Lunatic asylums United Provinces 1909-1921 - 1909-1921
Year: 1909
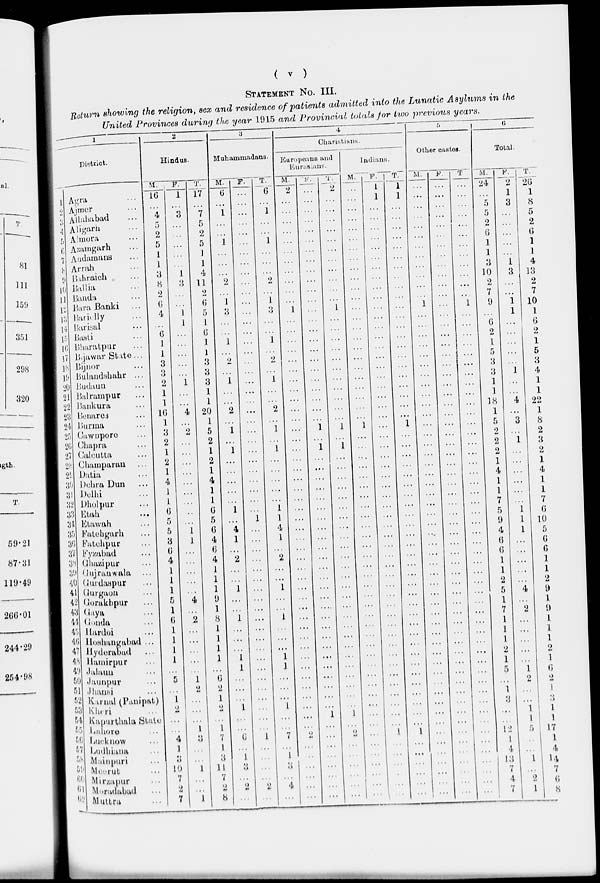
( v )
STATEMENT No. III.
Return showing the religion, sex and residence of patients admitted into the Lunatic Asylums in the
United Provinces during the year 1915 and Provincial totals for two previous years.
1
District.
1
2
3
4
5
6
7
8
9
10
11
12
13
14
15
16
17
18
19
20
21
22
23
24
25
26
27
28
29
30
31
32
33
34
35
36 37
38
39
40
41
42
43
44
45
46
47
48
49
50
51
52
53
54
55
56
57
58
59
60
61
62
Agra ...
Ajmer ...
Allahabad ...
Aligarh ...
Almora ...
Azamgarh ...
Andamans ...
Arrah ...
Bahraich ...
Ballia ...
Banda ...
Bara Banki ...
Bareilly ...
Barisal ...
Basti ...
Bharatpur ...
Bejawar State ...
Bijnor ...
Bulandshahr ...
Budaun ...
Balrampur ...
Bankura ...
Benares ...
Burma ...
Cawnpore ...
Chapra ...
Calcutta ...
Champaran ...
Datia ...
Dehra Dun ...
Delhi ...
Dholpur ...
Etah ...
Etawah ...
Fatehgarh ...
Fatehpur ...
Fyzabad ...
Ghazipur ...
Gujranwala ...
Gurdaspur ...
Gurgaon ...
Gorakhpur ...
Gaya ...
Gonda ...
Hardoi ...
Hoshangabad ...
Hyderabad ...
Hamirpur ...
Jalalun ...
Jaunpur ...
Jhansi ...
Karnal (Panipat) ...
Kheri ...
Kapurthala State. ...
Lahore ...
Lucknow ...
Ludhiana ...
Mainpuri ...
Meerut ...
Mirzapur ...
Moradabad ...
Muttra ...
2
Hindus.
M.
16
...
4
5
2
5
1
1
3
8
2
6
4
...
6
1
1
3
3
2
1
1
16
1
3
2
1
2
1
4
1
1
6
5
5
3
6
4
1
1
1
5
1
6
1
1
1
1
...
5
...
1
2
...
...
4
1
3
10
7
2
7
F.
1
...
3
...
...
...
...
...
1
3
...
...
1
1
...
...
...
...
... 1
...
...
4
...
2
...
...
...
...
...
...
...
...
...
1
1
...
...
...
...
...
4
...
2
...
...
...
...
...
1
2
...
...
...
l
3
...
...
1
...
...
1
T.
17
...
7
5
2
5
1
1
4
11
2
6
5
1
6
1
1
3
3
3
1
1
20
1
5
2
1
2
1
4
1
1
6
5
6
4
6
4
1
1
1
9
1
8
1
1
1
1
...
6
2
1
2
...
1
7
1
3
11
7
2
8
3
Muhammadans.
M.
6
...
1
...
...
1
...
...
...
2
...
1
3
...
...
1
...
2
... 1
...
...
2
...
1
...
1
...
...
...
...
...
1
...
4
1
...
2
...
...
1
...
...
1
...
...
...
1
1
...
...
...
1
...
...
6
...
1
3
...
2
...
F.
...
...
...
...
...
...
...
...
...
...
...
...
...
...
...
...
...
...
...
...
...
...
...
...
...
...
...
...
...
...
...
...
...
1
...
...
...
...
...
...
...
...
...
...
...
...
...
...
...
...
...
...
...
...
...
1
...
...
...
...
2
...
T.
6
...
1
...
...
1
...
...
...
2
...
1
...
...
...
1
...
2
... 1
...
...
2
...
1
...
1
...
...
...
...
...
1
1
4
1
...
2
...
...
1
...
...
1
...
...
...
1
1
...
...
...
1
...
...
7
...
1
3
...
4
...
4
Charistians.
Europeans
and
Eurasians.
M.
2
...
...
...
...
...
...
...
...
...
...
...
1
...
...
...
...
...
...
...
...
...
...
...
...
...
...
...
...
...
...
...
...
...
...
...
...
...
...
...
...
...
...
...
...
...
...
...
...
...
...
...
...
...
...
2
...
...
...
...
...
...
F.
...
...
...
...
...
...
...
...
...
...
...
...
...
...
...
...
...
...
...
...
...
...
...
...
1
...
1
...
...
...
...
...
...
...
...
...
...
...
...
...
...
...
...
...
...
...
...
...
...
...
...
...
...
1
...
...
...
...
...
...
...
...
T.
2
...
...
...
...
...
...
...
...
...
...
...
1
...
...
...
...
...
...
...
...
...
...
...
1
...
1
...
...
...
...
...
...
...
...
...
...
...
...
...
...
...
...
...
...
...
...
...
...
...
...
...
...
1
...
2
...
...
...
...
...
...
Indians.
M.
...
...
...
...
...
...
...
...
...
...
...
...
...
...
...
...
...
...
...
...
...
...
...
...
1
...
...
...
...
...
...
...
...
...
...
...
...
...
...
...
...
...
...
...
...
...
...
...
...
...
...
...
...
...
...
...
...
...
...
...
...
...
F.
1
1
...
...
...
...
...
...
...
...
...
...
...
...
...
...
...
...
...
...
...
...
...
...
...
...
...
...
...
...
...
...
...
...
...
...
...
...
...
...
...
...
...
...
...
...
...
...
...
...
...
...
...
...
...
1
...
...
...
...
...
...
T.
1
1
...
...
...
...
...
...
...
...
...
...
...
...
...
...
...
...
...
...
...
...
...
...
1
...
...
...
...
...
...
...
...
...
...
...
...
...
...
...
...
...
...
...
...
...
...
...
...
...
...
...
...
...
...
1
...
...
...
...
...
...
5
Other castes.
M.
...
...
...
...
...
...
...
...
...
...
...
...
1
...
...
...
...
...
...
...
...
...
...
...
...
...
...
...
...
...
...
...
...
...
...
...
...
...
...
...
...
...
...
...
...
...
...
...
...
...
...
...
...
...
...
...
...
...
...
...
...
...
F.
...
...
...
...
...
...
...
...
...
...
...
...
...
...
...
...
...
...
...
...
...
...
...
...
...
...
...
...
...
...
...
...
...
...
...
...
...
...
...
...
...
...
...
...
...
...
...
...
...
...
...
...
...
...
...
...
...
...
...
...
...
...
T.
...
...
...
...
...
...
...
...
...
...
...
...
1
...
...
...
...
...
...
...
...
...
...
...
...
...
...
...
...
...
...
...
...
...
...
...
...
...
...
...
...
...
...
...
...
...
...
...
...
...
...
...
...
...
...
...
...
...
...
...
...
...
6
Total.
M.
24
...
5
5
2
6
1
1
3
10
2
7
9
...
6
2
1
5
3
3
1
1
18
1
5
2
2
2
1
4
1
1
7
5
9
4
6
6
1
1
2
5
1
7
1
1
1
2
1
5
...
1
3
...
...
12
1
4
13
7
4
7
F.
2
1
3
...
...
...
...
...
1
3
...
...
1
1
...
...
...
...
... 1
...
...
4
...
3
...
1
...
...
...
...
...
...
1
1
1
...
...
...
...
...
4
...
2
...
...
...
...
...
1
2
...
...
1
1
5
...
...
1
...
2
1
T.
26
1
8
5
2
6
1
1
4
13
2
7
10
1
6
2
1
5
3
4
1
1
22
1
8
2
3
2
1
4
1
1
7
6
10
5
6
6
1
1
2
9
1
9
1
1
1
2
1
6
2
1
3
1
1
17
1
4
14
7
6
8